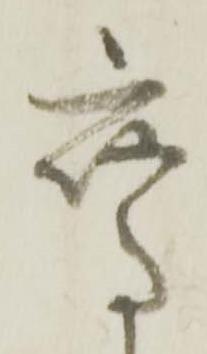
鷹